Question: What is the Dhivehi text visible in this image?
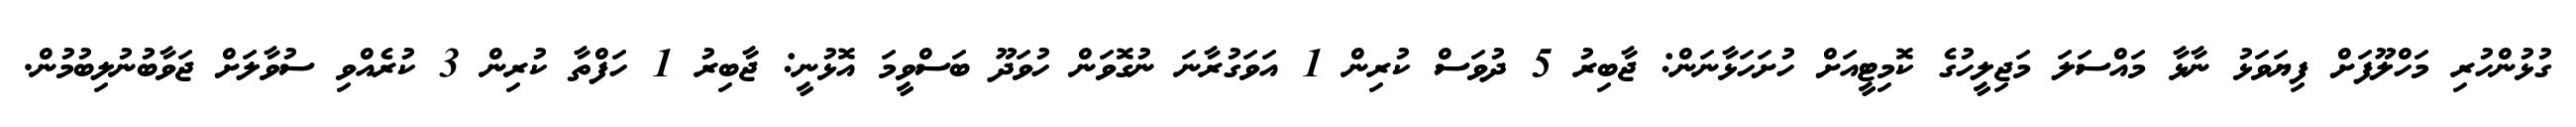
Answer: ގުޅުންހުރި މަހްލޫފަށް ފިޔަވަޅު ނާޅާ މައްސަލަ މަޖިލީހުގެ ކޮމިޓީއަށް ހުށަހަޅާނަން: ޖާބިރު 5 ދުވަސް ކުރިން 1 އަވަގުރާނަ ނުގޮވަން ހުވަދޫ ބަސްވީމަ އޮޅުނީ: ޖާބިރު 1 ހަފްތާ ކުރިން 3 ކުރެއްވި ސުވާލަށް ޖަވާބުނުލިބުމުން.